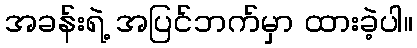
အခန်းရဲ့ အပြင်ဘက်မှာ ထားခဲ့ပါ။